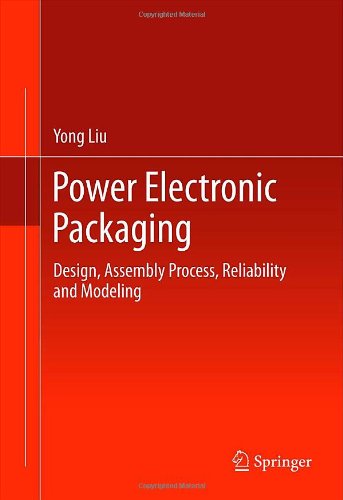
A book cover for Power Electronic Packaging: Design, Assembly Process, Reliability and Modeling; Yong Liu; Science & Math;